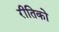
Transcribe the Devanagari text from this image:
रीतिको